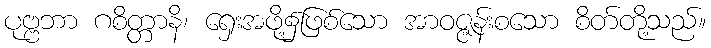
ပုဗ္ဗဘာ ဂစိတ္တာနိ၊ ရှေးအဖို့၌ဖြစ်သော အာဝဇ္ဇန်းစသော စိတ်တို့သည်။